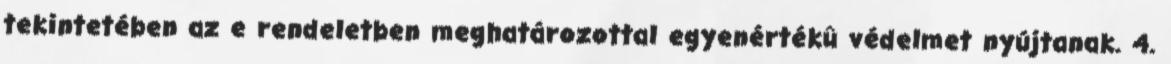
tekintetében az e rendeletben meghatározottal egyenértékû védelmet nyújtanak. 4.